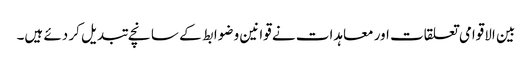
بین الاقوامی تعلقات اور معاہدات نے قوانین و ضوابط کے سانچے تبدیل کر دئے ہیں۔